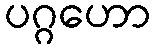
ပဂ္ဂဟော